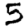
Digit: 5